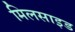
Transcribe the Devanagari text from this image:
मिलसाइड